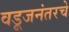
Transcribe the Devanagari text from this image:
वडूजनंतरचे